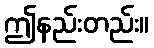
ဤနည်းတည်း။